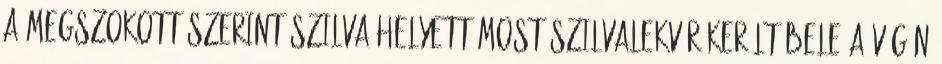
a megszokott szerint.Szilva helyett most szilvalekvár került bele.A végén